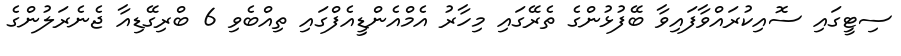
ސިޓީގައި ސޮއިކުރައްވާފައިވާ ބޭފުޅުންގެ ތެރޭގައި މިހާރު އެމްއެންޑީއެފްގައި ތިއްބެވި 6 ބްރިގޭޑިއާ ޖެނެރަލުންގެ